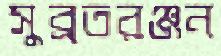
সুব্রতরঞ্জন